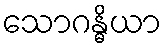
သောဂန္ဓိယာ